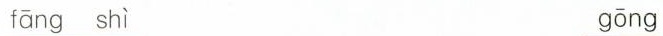
fāng shì gōng